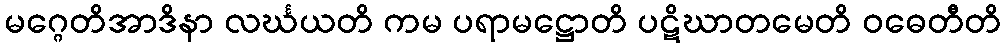
မဂ္ဂေတိအာဒိနာ လင်္ဃယတိ ကမ ပရာမဋ္ဌောတိ ပဋိဃာတမေတိ ဝဓေတီတိ